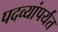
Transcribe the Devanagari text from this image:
पदव्यांपर्यंत